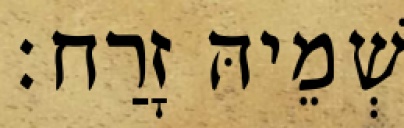
שְׁמֵיהּ זָרַח׃